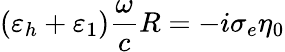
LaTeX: (\varepsilon_{h}+\varepsilon_{1})\frac{\omega}{c}R=-i\sigma_{e}\eta_{0}